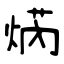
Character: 焫